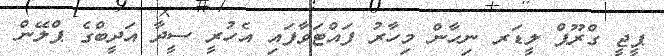
ޕީޖީ ގްރޫޕް ލީޑަރ ނިހާން މިހާރު ފައްޓަވާފައި އެހުރީ ސީދާ އަދީބްގެ ޕްލޭން